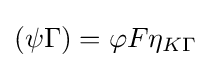
(\psi \Gamma )=\varphi F\eta _{K\Gamma }